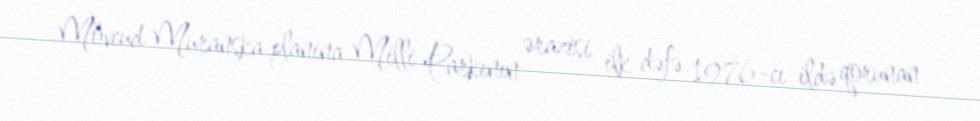
Mövcud Muranska planina Milli Parkının ərazisi ilk dəfə 1976-cı ildə qorunan